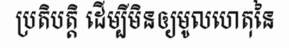
ប្រតិបត្តិ ដើម្បីមិនឲ្យមូលហេតុនៃ